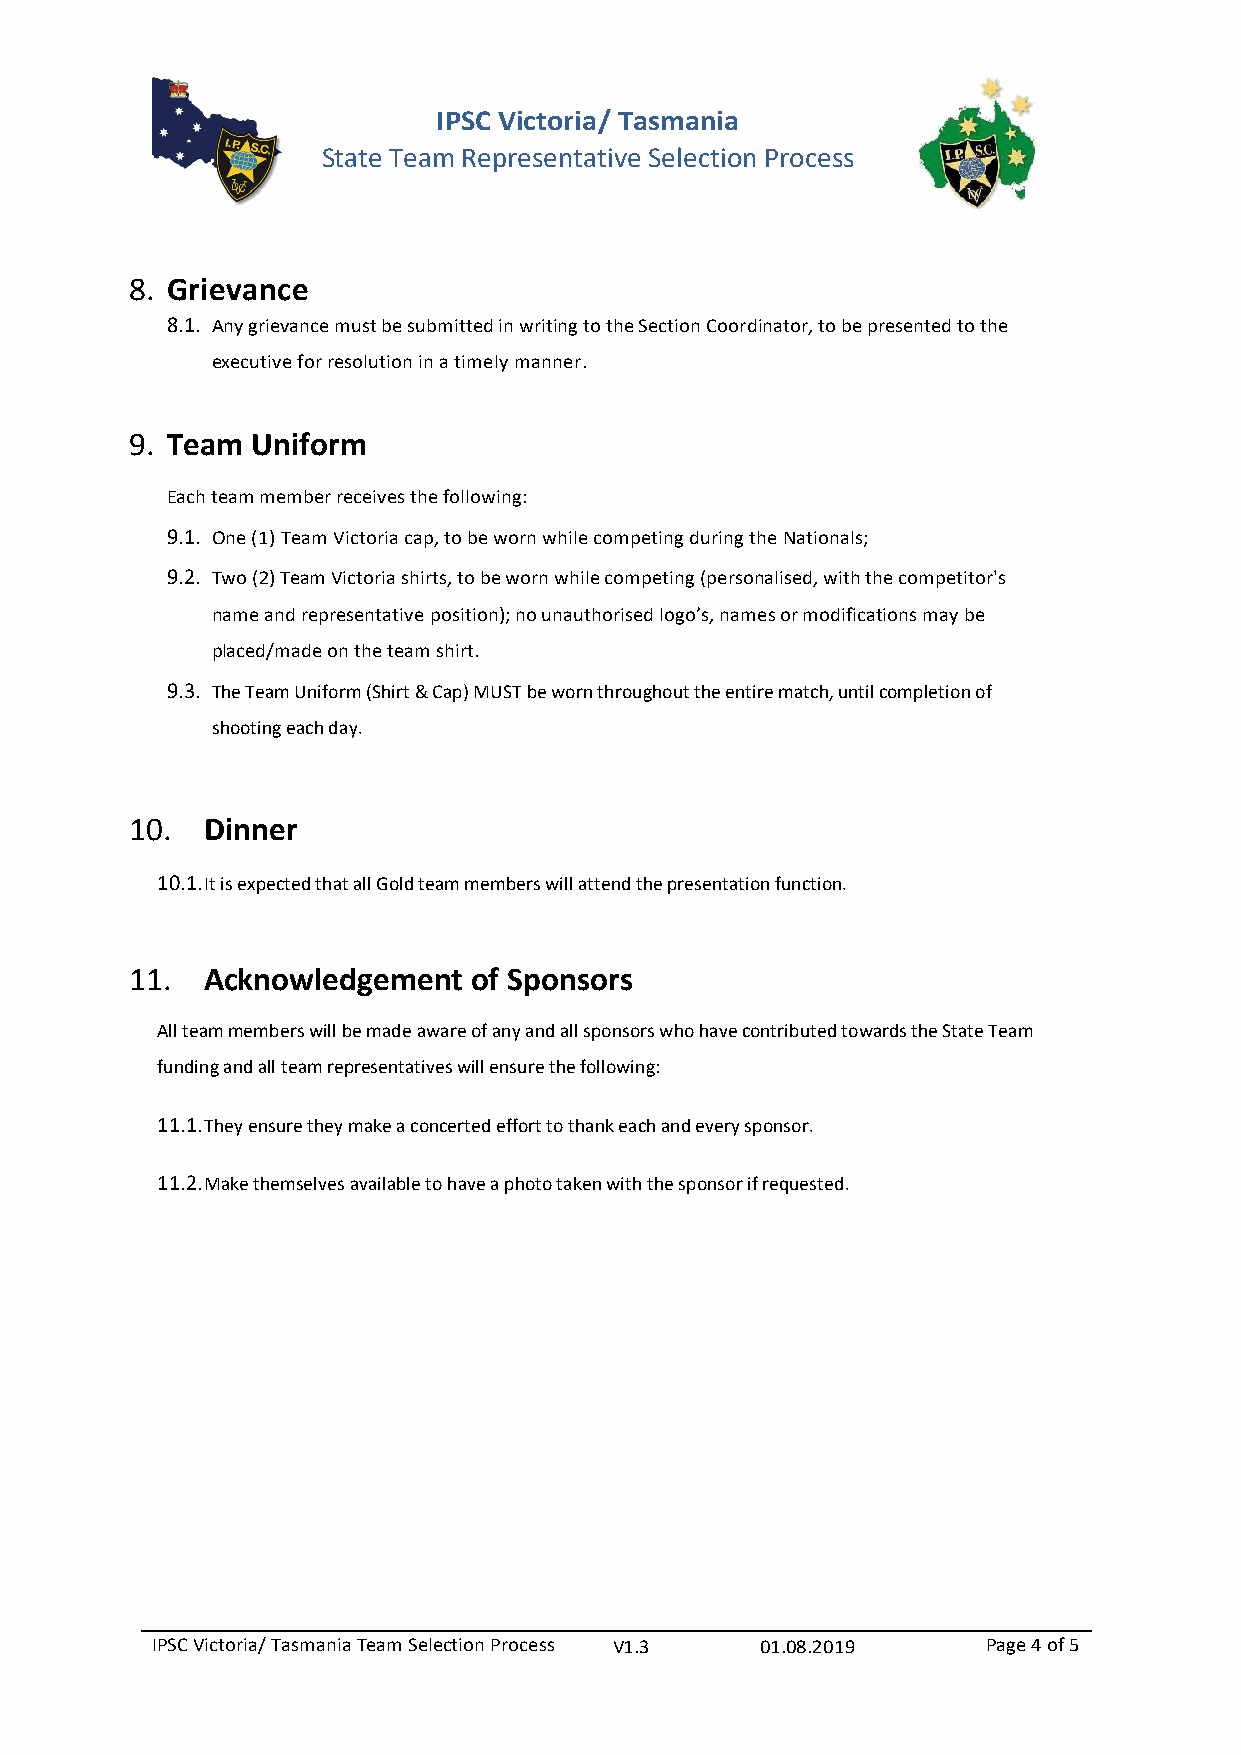
IPSC Victoria/ Tasmania
 State Team Representative Selection Process
 8. Grievance
 8.1. Any grievance must be submitted in writing to the Section Coordinator, to be presented to the
 executive for resolution in a timely manner.
 9. Team Uniform
 Each team member receives the following:
 9.1. One (1) Team Victoria cap, to be worn while competing during the Nationals;
 9.2. Two (2) Team Victoria shirts, to be worn while competing (personalised, with the competitor's
 name and representative position); no unauthorised logo’s, names or modifications may be
 placed/made on the team shirt.
 9.3. The Team Uniform (Shirt & Cap) MUST be worn throughout the entire match, until completion of
 shooting each day.
 10.  Dinner
 10.1. It is expected that all Gold team members will attend the presentation function.
 11.  Acknowledgement  of Sponsors
 All team members will be made aware of any and all sponsors who have contributed towards the State Team
 funding and all team representatives will ensure the following:
 11.1. They ensure they make a concerted effort to thank each and every sponsor.
 11.2. Make themselves available to have a photo taken with the sponsor if requested.
 IPSC Victoria/ Tasmania Team Selection Process V1.3 01.08.2019 Page 4 of 5